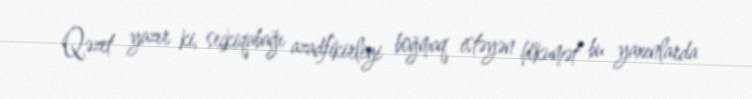
Qəzet yazır ki, seçkiqabağı azadfikirliyi boğmaq istəyən hökumət bu yaxınlarda